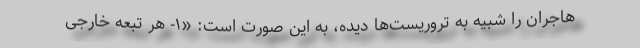
هاجران را شبیه به تروریست‌ها دیده‌، به این صورت است: «۱- هر تبعه خارجی